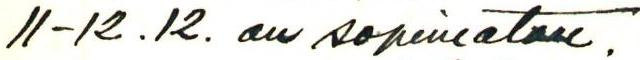
11-12.12. on sopimaton.